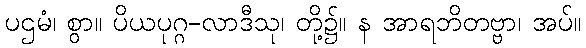
ပဌမံ၊ စွာ။ ပိယပုဂ္ဂ-လာဒီသု၊ တို့၌။ န အာရဘိတဗ္ဗာ၊ အပ်။